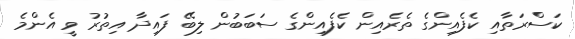
ކަސްރަތާއި ކެފެއިންގެ ތެރެއިން ކެފެއިންގެ ސަބަބުން ލިބޭ ފައިދާ އިތުރު ވީ އެންމެ